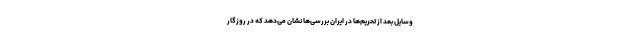
وسایل بعد از تحریم‌ها در ایران بررسی‌ها نشان می‌دهد که در روزگار